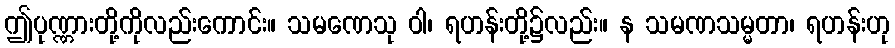
ဤပုဏ္ဏားတို့ကိုလည်းကောင်း။ သမဏေသု ဝါ၊ ရဟန်းတို့၌လည်း။ န သမဏသမ္မတာ၊ ရဟန်းဟု